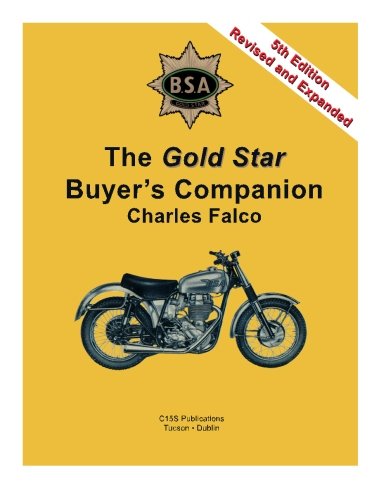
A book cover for The Gold Star Buyer's Companion: 5th Edition, Revised and Expanded; Charles Falco; Engineering & Transportation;